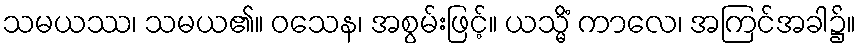
သမယဿ၊ သမယ၏။ ဝသေန၊ အစွမ်းဖြင့်။ ယသ္မိံ ကာလေ၊ အကြင်အခါ၌။